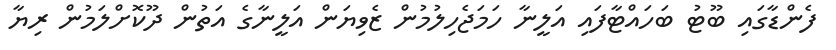
ފެންޑާގައި ބޫޓު ބަހައްޓާފައި އަލީނާ ހަމަޖެހިލުމުން ޒެވިޔަން އަލީނާގެ އަތުން ދޫކޮށްލަމުން ރިޔާ